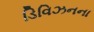
ડિવિઝનના